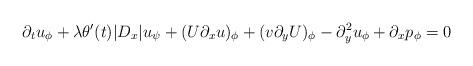
LaTeX: \begin{align*}\partial_tu_\phi+\lambda\theta'(t)|D_x|u_\psi+(U\partial_xu)_\phi+(v\partial_yU)_\phi-\partial_y^2u_\phi+\partial_xp_\phi=0\end{align*}